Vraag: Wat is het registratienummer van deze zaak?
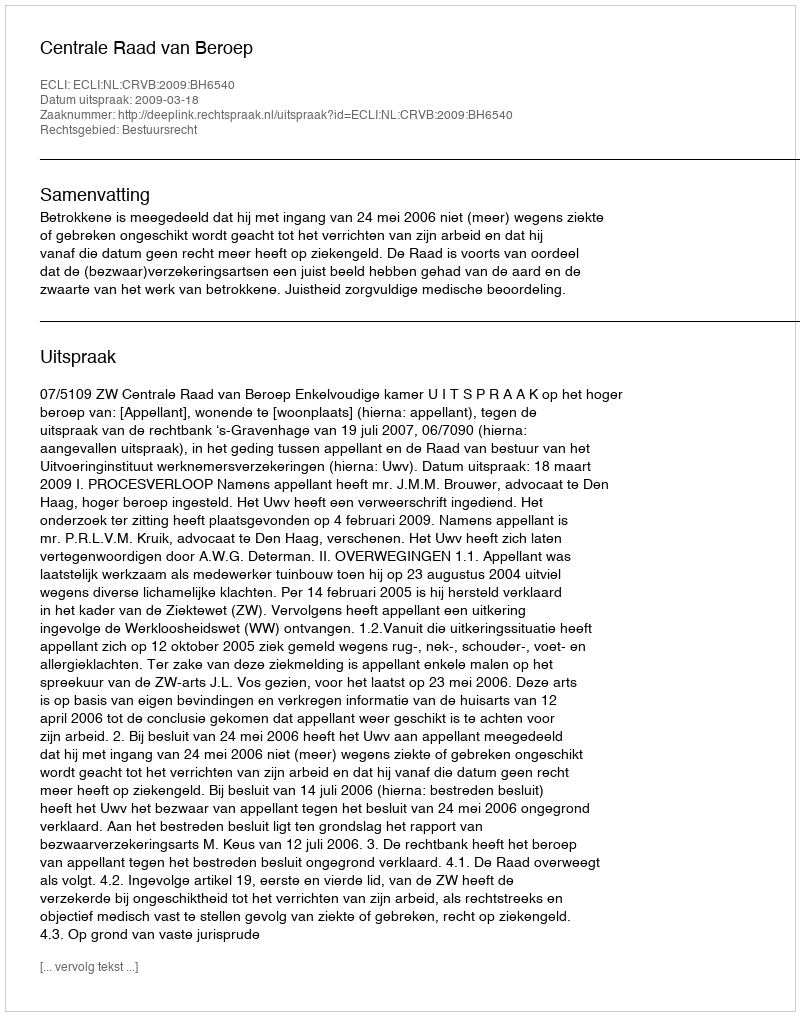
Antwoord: http://deeplink.rechtspraak.nl/uitspraak?id=ECLI:NL:CRVB:2009:BH6540